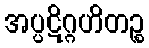
အပ္ပဋိဂ္ဂဟိတဉ္စ